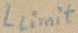
Text: Llimit